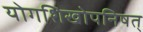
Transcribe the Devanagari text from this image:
योगशिखोपनिषत्‌